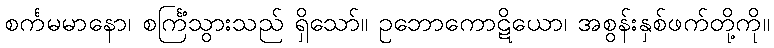
စင်္ကမမာနော၊ စင်္ကြံသွားသည် ရှိသော်။ ဥဘောကောဋိယော၊ အစွန်းနှစ်ဖက်တို့ကို။